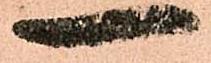
一